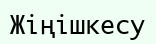
Жіңішкесу